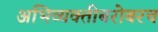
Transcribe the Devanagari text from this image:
अभिव्यक्तीबरोबरच